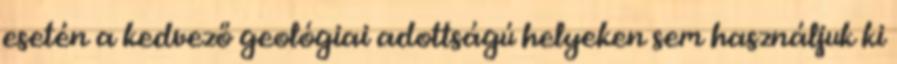
esetén a kedvező geológiai adottságú helyeken sem használjuk ki